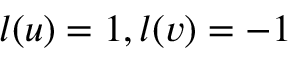
l ( u ) = 1 , l ( v ) = - 1